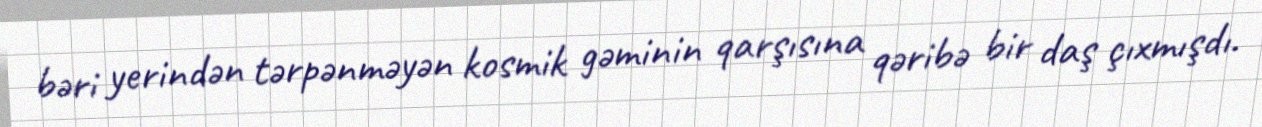
bəri yerindən tərpənməyən kosmik gəminin qarşısına qəribə bir daş çıxmışdı.